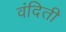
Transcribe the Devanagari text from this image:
वंदिती